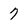
Character: 7